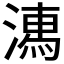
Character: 𣽉